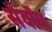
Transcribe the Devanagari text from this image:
सैवॉय